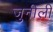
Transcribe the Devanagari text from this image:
जुनीली